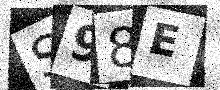
Text: S98E